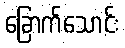
ခြောက်သောင်း